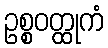
ဥစ္စဝတ္ထုကံ